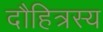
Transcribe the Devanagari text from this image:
दौहित्रस्य